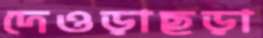
দেওড়াছড়া